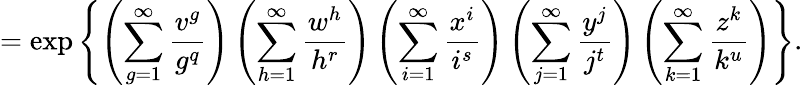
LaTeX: =\exp\left\{ \left(\sum_{g=1}^{\infty}\frac{v^{g}}{g^{q}}\right)\left(\sum_{h=1}^{\infty}\frac{w^{h}}{h^{r}}\right)\left(\sum_{i=1}^{\infty}\frac{x^{i}}{i^{s}}\right)\left(\sum_{j=1}^{\infty}\frac{y^{j}}{j^{t}}\right)\left(\sum_{k=1}^{\infty}\frac{z^{k}}{k^{u}}\right)\right\} .